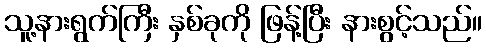
သူ့နားရွက်ကြီး နှစ်ခုကို ဖြန့်ပြီး နားစွင့်သည်။